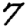
Digit: 7